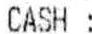
CASH :